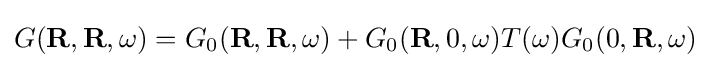
G(\mathbf {R} ,\mathbf {R} ,\omega )=G_{0}(\mathbf {R} ,\mathbf {R} ,\omega )+G_{0}(\mathbf {R} ,0,\omega )T(\omega )G_{0}(0,\mathbf {R} ,\omega )